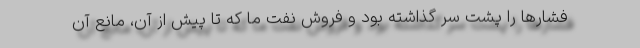
فشارها را پشت سر گذاشته بود و فروش نفت ما که تا پیش از آن، مانع آن